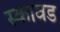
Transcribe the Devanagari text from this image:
स्कावड